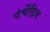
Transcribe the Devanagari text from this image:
पंचेंद्रिय